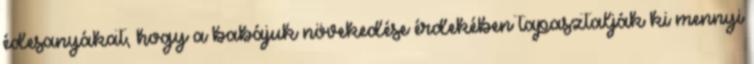
édesanyákat, hogy a babájuk növekedése érdekében tapasztalják ki mennyi